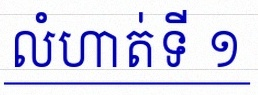
លំហាត់ទី ១